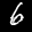
Label: 6